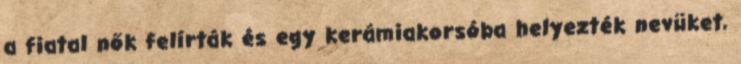
a fiatal nők felírták és egy kerámiakorsóba helyezték nevüket,